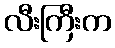
လီးကြီးက